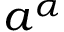
a ^ { \alpha }